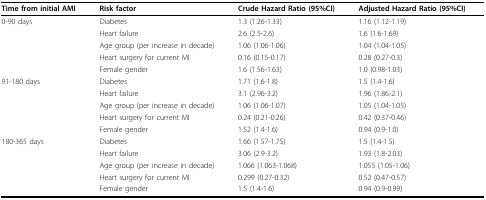
<table><thead><tr><td><b>Time from initial AMI</b></td><td><b>Risk factor</b></td><td><b>Crude Hazard Ratio (95%CI)</b></td><td><b>Adjusted Hazard Ratio (95%CI)</b></td></tr></thead><tbody><tr><td>0-90 days</td><td>Diabetes</td><td>1.3 (1.26-1.33)</td><td>1.16 (1.12-1.19)</td></tr><tr><td></td><td>Heart failure</td><td>2.6 (2.5-2.6)</td><td>1.6 (1.6-1.69)</td></tr><tr><td></td><td>Age group (per increase in decade)</td><td>1.06 (1.06-1.06)</td><td>1.04 (1.04-1.05)</td></tr><tr><td></td><td>Heart surgery for current MI</td><td>0.16 (0.15-0.17)</td><td>0.28 (0.27-0.3)</td></tr><tr><td></td><td>Female gender</td><td>1.6 (1.56-1.63)</td><td>1.0 (0.98-1.03)</td></tr><tr><td>91-180 days</td><td>Diabetes</td><td>1.71 (1.6-1.8)</td><td>1.5 (1.4-1.6)</td></tr><tr><td></td><td>Heart failure</td><td>3.1 (2.96-3.2)</td><td>1.96 (1.86-2.1)</td></tr><tr><td></td><td>Age group (per increase in decade)</td><td>1.06 (1.06-1.07)</td><td>1.05 (1.04-1.05)</td></tr><tr><td></td><td>Heart surgery for current MI</td><td>0.24 (0.21-0.26)</td><td>0.42 (0.37-0.46)</td></tr><tr><td></td><td>Female gender</td><td>1.52 (1.4-1.6)</td><td>0.94 (0.9-1.0)</td></tr><tr><td>180-365 days</td><td>Diabetes</td><td>1.66 (1.57-1.75)</td><td>1.5 (1.4-1.5)</td></tr><tr><td></td><td>Heart failure</td><td>3.06 (2.9-3.2)</td><td>1.93 (1.8-2.03)</td></tr><tr><td></td><td>Age group (per increase in decade)</td><td>1.066 (1.063-1.068)</td><td>1.055 (1.05-1.06)</td></tr><tr><td></td><td>Heart surgery for current MI</td><td>0.299 (0.27-0.32)</td><td>0.52 (0.47-0.57)</td></tr><tr><td></td><td>Female gender</td><td>1.5 (1.4-1.6)</td><td>0.94 (0.9-0.99)</td></tr></tbody></table>